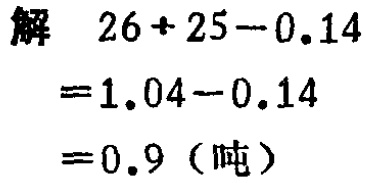
解 \(26 + 25-0.14\)

\(=1.04 - 0.14\)

\(=0.9\)（吨）